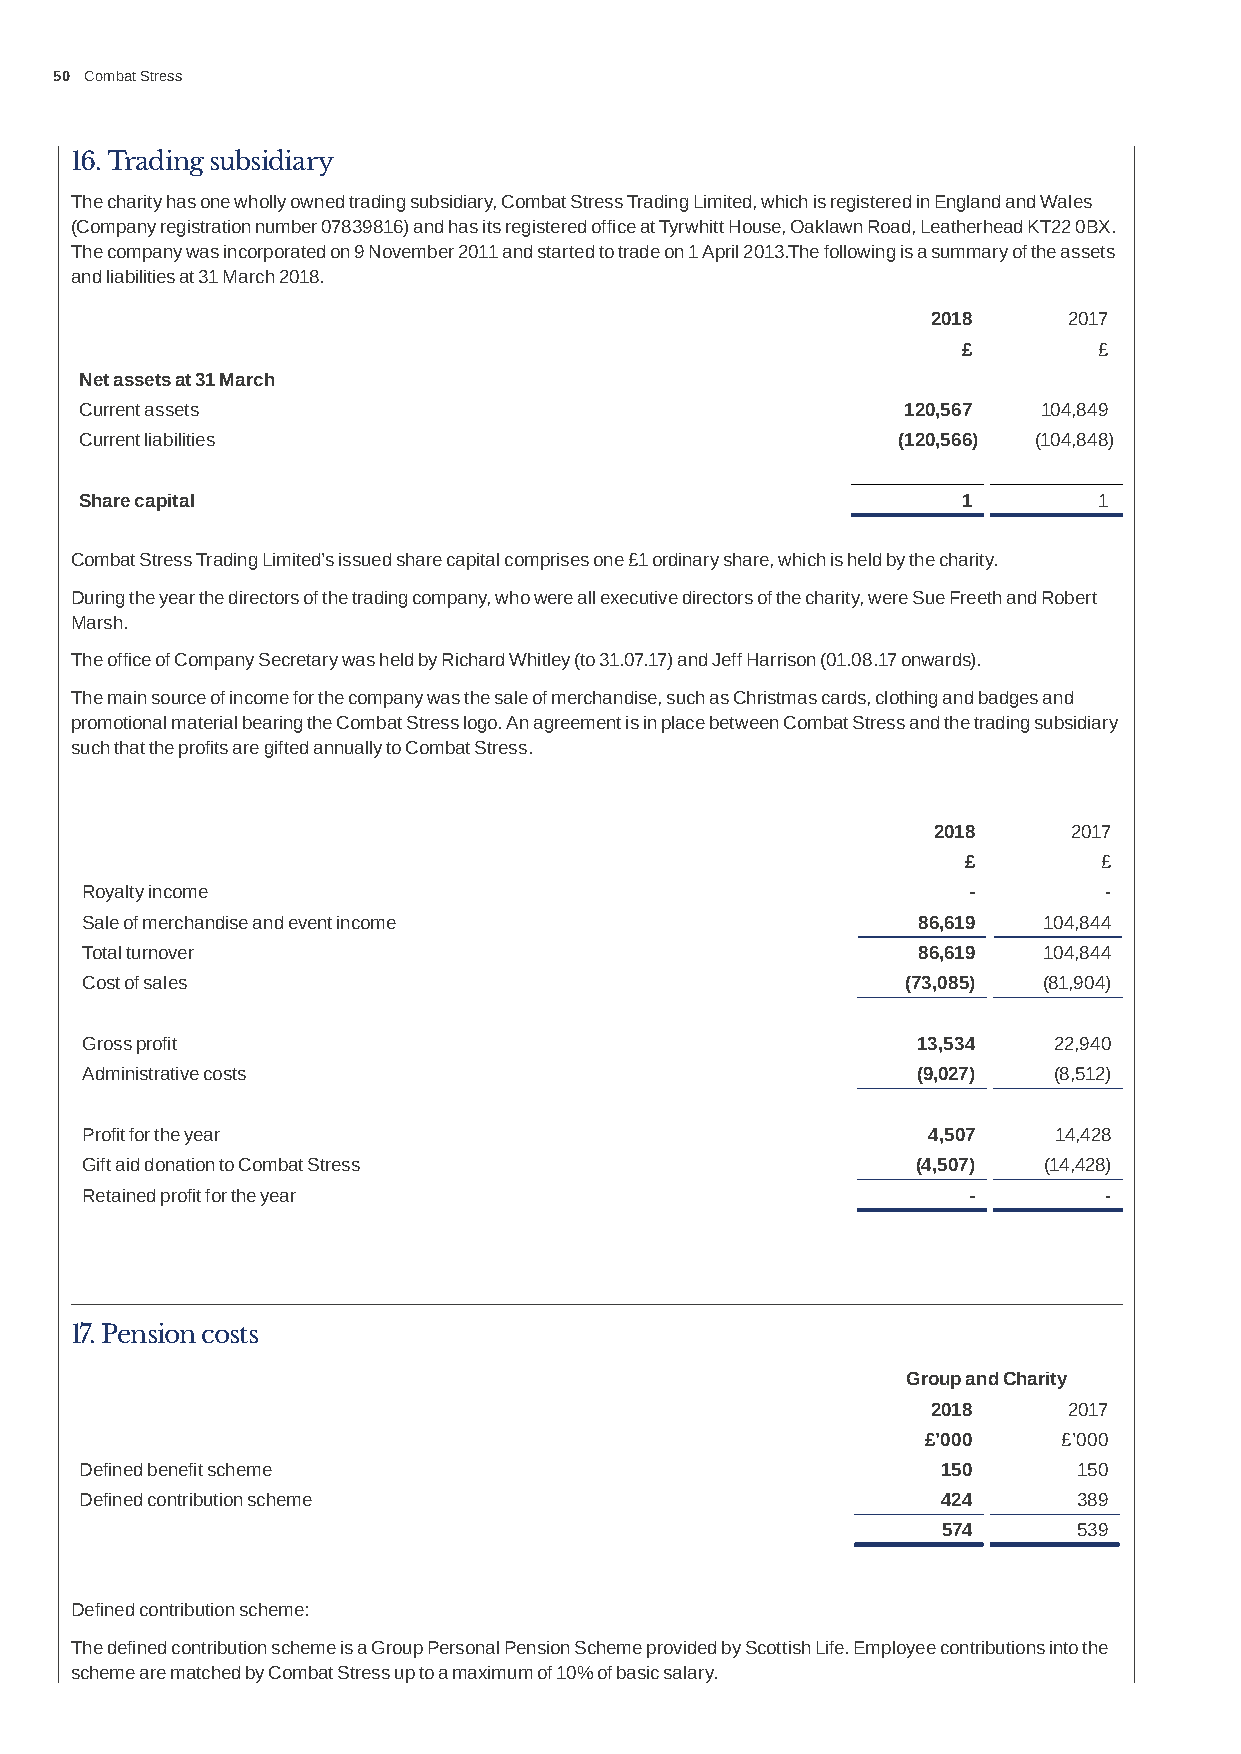
50 Combat Stress
 16. Trading subsidiary
 The charity has one wholly owned trading subsidiary, Combat Stress Trading Limited, which is registered in England and Wales
 (Company registration number 07839816) and has its registered office at Tyrwhitt House, Oaklawn Road, Leatherhead KT22 0BX.
 The company was incorporated on 9 November 2011 and started to trade on 1 April 2013.The following is a summary of the assets
 and liabilities at 31 March 2018.
 2018     2017
 £        £
 Net assets at 31 March
 Current assets                                         120,567  104,849
 Current liabilities                                   (120,566) (104,848)
 Share capital                                              1        1
 Combat Stress Trading Limited’s issued share capital comprises one £1 ordinary share, which is held by the charity.
 During the year the directors of the trading company, who were all executive directors of the charity, were Sue Freeth and Robert
 Marsh.
 The office of Company Secretary was held by Richard Whitley (to 31.07.17) and Jeff Harrison (01.08.17 onwards).
 The main source of income for the company was the sale of merchandise, such as Christmas cards, clothing and badges and
 promotional material bearing the Combat Stress logo. An agreement is in place between Combat Stress and the trading subsidiary
 such that the profits are gifted annually to Combat Stress.
 2018     2017
 £        £
 Royalty income                                             -        -
 Sale of merchandise and event income                    86,619  104,844
 Total turnover                                          86,619  104,844
 Cost of sales                                          (73,085) (81,904)
 Gross profit                                            13,534   22,940
 Administrative costs                                    (9,027)  (8,512)
 Profit for the year                                     4,507    14,428
 Gift aid donation to Combat Stress                      (4,507) (14,428)
 Retained profit for the year                               -        -
 17. Pension costs
 Group and Charity
 2018     2017
 £’000    £’000
 Defined benefit scheme                                   150      150
 Defined contribution scheme                              424      389
 574      539
 Defined contribution scheme:
 The defined contribution scheme is a Group Personal Pension Scheme provided by Scottish Life. Employee contributions into the
 scheme are matched by Combat Stress up to a maximum of 10% of basic salary.